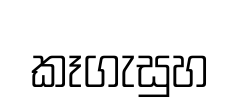
කෑගැසුහ